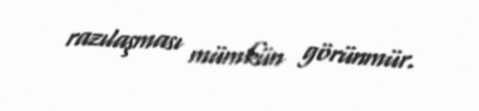
razılaşması mümkün görünmür.